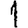
Digit: 1